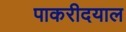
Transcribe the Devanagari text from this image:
पाकरीदयाल